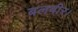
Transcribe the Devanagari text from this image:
बलबीर।